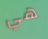
هي